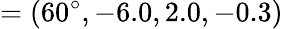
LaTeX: =(60^{\circ},-6.0,2.0,-0.3)